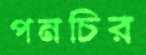
পনচির